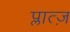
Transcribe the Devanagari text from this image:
प्लात्ज़